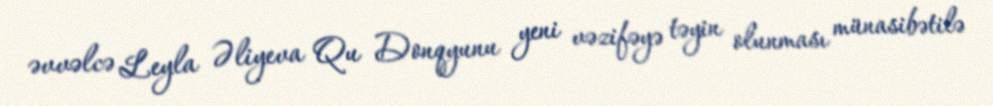
əvvəlcə Leyla Əliyeva Qu Donqyunu yeni vəzifəyə təyin olunması münasibətilə